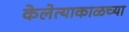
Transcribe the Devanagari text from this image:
केलेत्याकाळच्या